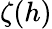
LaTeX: \zeta(h)